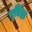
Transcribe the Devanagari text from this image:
पृतिष्ठा